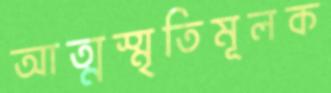
আত্মস্মৃতিমূলক